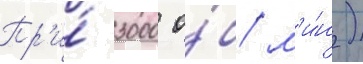
Пр'и́ 3000 о́б/ м'и́н)